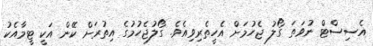
އެސިސްޓް ނުވަތަ ގޯލު ޖެހުމަށް އެހީތެރިވިއެވެ. ގޯލުޖެހުމުގެ އިތުރަށް ކޭން އަކީ ޓީމާއެކު